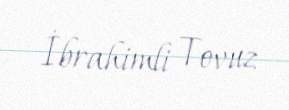
İbrahimli Tovuz